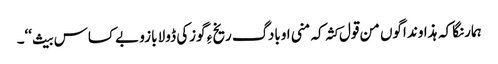
ہمارنگا کہ ہذاوند اگوں من قول کثہ کہ منی اوبادگ ریخ ءِ گوزکی ڈولا بازو بے کساس بیث‘‘۔